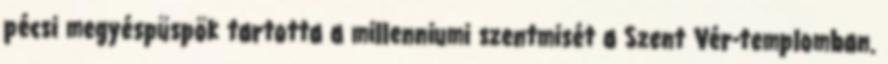
pécsi megyéspüspök tartotta a millenniumi szentmisét a Szent Vér-templomban.